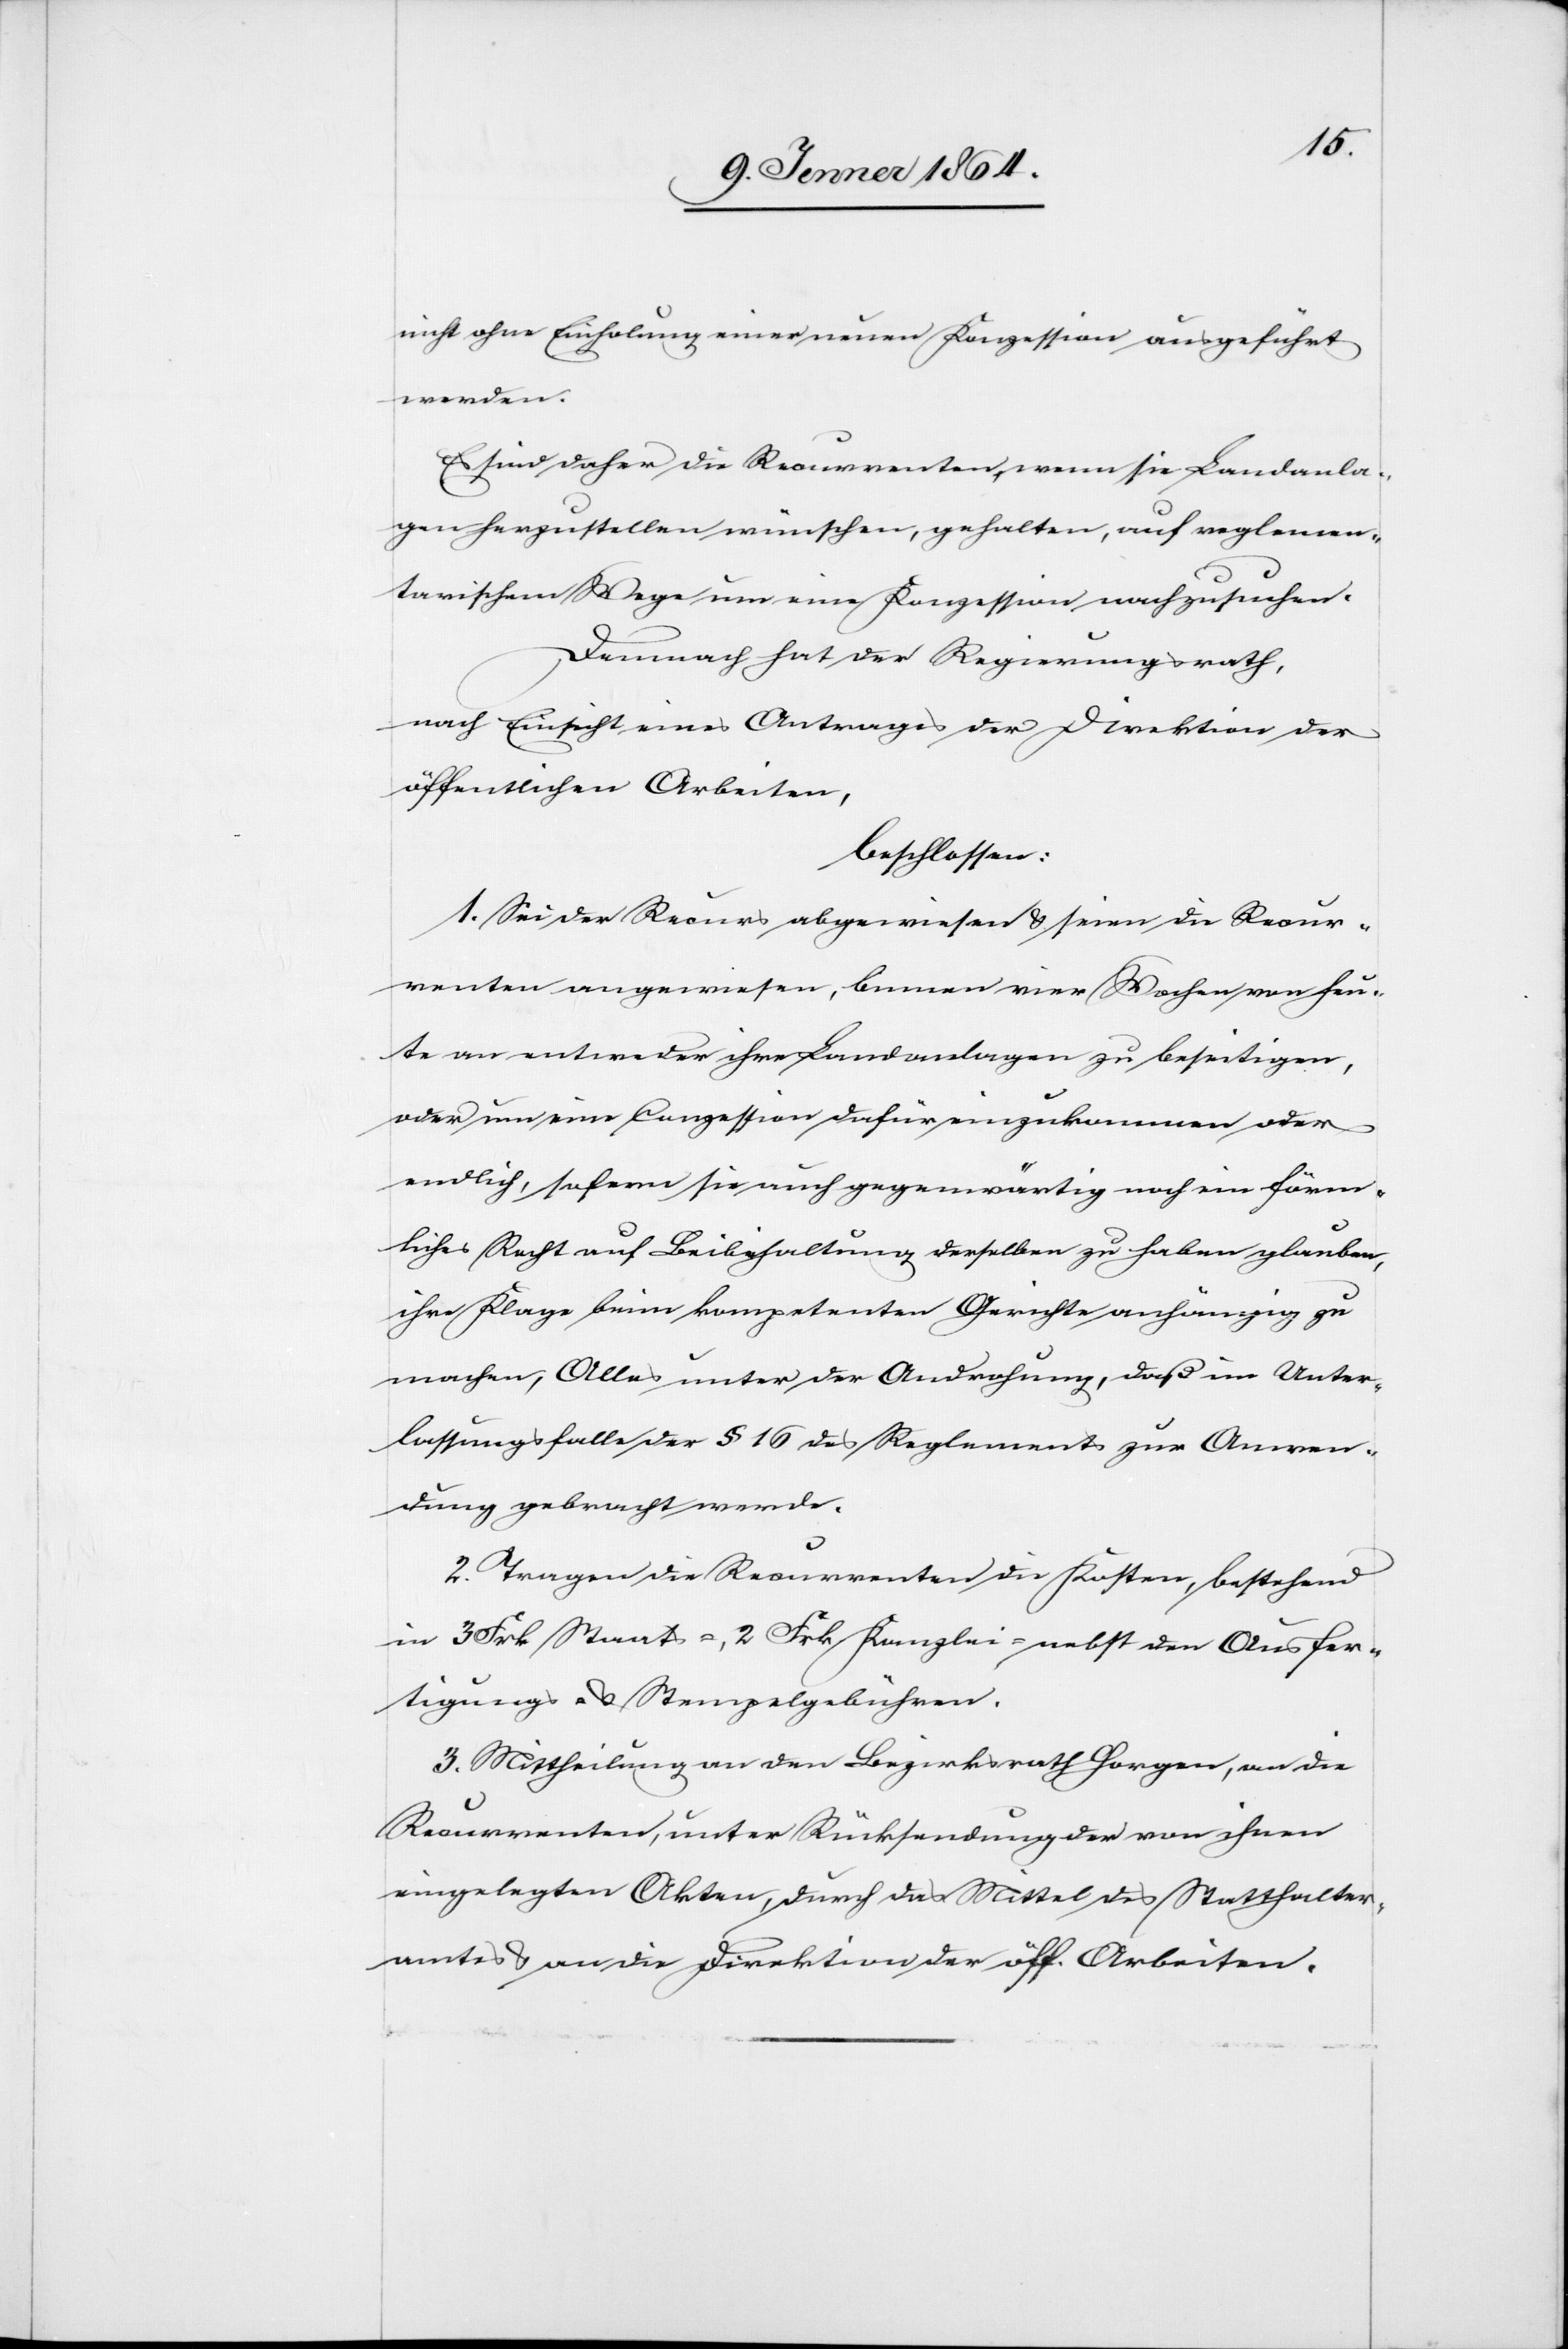
nicht ohne Einholung einer neuen Konzession ausgeführt
werden.
Es sind daher die Recurrenten, wenn sie Landanla¬
gen herzustellen wünschen, gehalten, auf reglemen¬
tarischem Wege um eine Konzession nachzusuchen.
Demnach hat der Regierungsrath,
nach Einsicht eines Antrages der Direktion der
öffentlichen Arbeiten,
beschlossen:
1. Sei der Recurs abgewiesen u. seien die Recur¬
renten angewiesen, binnen vier Wochen von heu¬
te an entweder ihre Landanlagen zu beseitigen,
oder um eine Conzession dafür einzukommen oder
endlich, sofern sie auch gegenwärtig noch ein förm¬
liches Recht auf Beibehaltung derselben zu haben glauben,
ihre Klage beim kompetenten Gerichte anhängig zu
machen, Alles unter der Androhung, daß im Unter¬
lassungsfalle der § 16 des Reglements zur Anwen¬
dung gebracht werde.
2. Tragen die Recurrenten die Kosten, bestehend
in 3 Frk Staats-, 2 Frk Kanzlei- nebst den Ausfer¬
tigungs- u. Stempelgebühren.
3. Mittheilung an den Bezirksrath Horgen, an die
Recurrenten, unter Rücksendung der von ihnen
eingelegten Akten, durch das Mittel des Statthalter¬
amtes & an die Direktion der öff. Arbeiten.